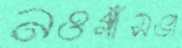
নওগাঁসভা